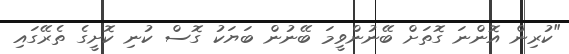
"ކުރިން އޮންނަ ގޮތަށް ބޭނުންވީމަ ބޭނުން ބަަޔަކު ގޮސް ކުނި ކޮށީގެ ތެރޭގައި